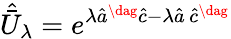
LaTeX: \hat{\bar{U}}_{\lambda}=e^{\lambda\hat{a}^{\dag}\hat{c}-\lambda\hat{a}\, \hat{c}^{\dag}}